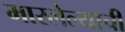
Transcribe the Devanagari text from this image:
मारलेल्याची